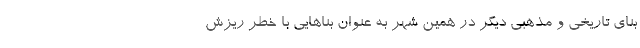
بنای تاریخی و مذهبی دیگر در همین شهر به عنوان بناهایی با خطر ریزش